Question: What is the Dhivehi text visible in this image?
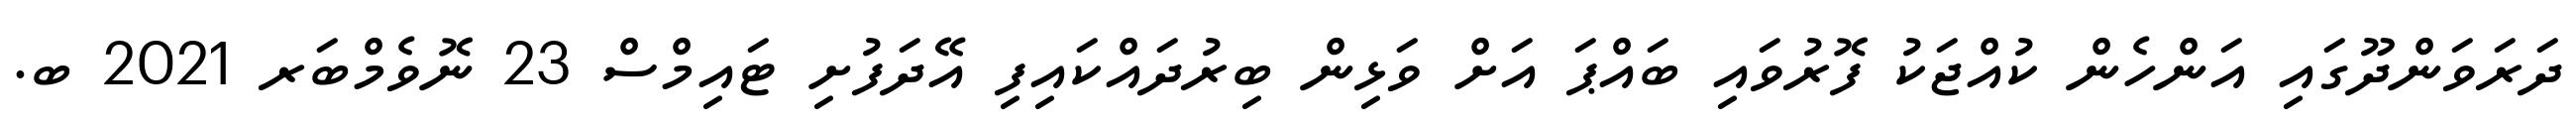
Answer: ދަރަވަންދޫގައި އަންހެން ކުއްޖަކު ފޮރުވައި ބައްޕަ އަށް ވަޅިން ބިރުދައްކައިފި އޭދަފުށި ޓައިމްސް 23 ނޮވެމްބަރ 2021 ބ.